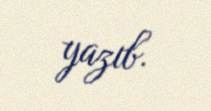
yazıb.